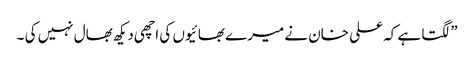
”لگتا ہے کہ علی خان نے میرے بھائیوں کی اچھی دیکھ بھال نہیں کی ۔